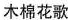
木棉花歌